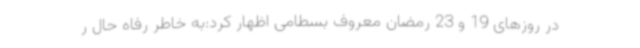
در روزهای 19 و 23 رمضان معروف بسطامی اظهار کرد:به خاطر رفاه حال ر